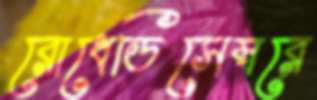
রোধেডিসেম্বরে